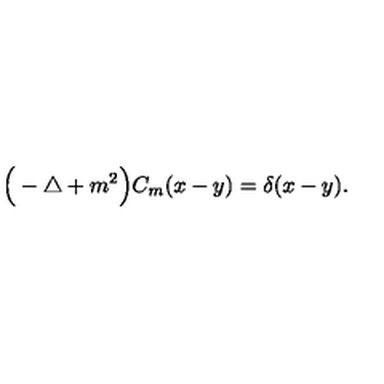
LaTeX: \Big ( - \triangle + m ^ { 2 } \Big ) C _ { m } ( x - y ) = \delta ( x - y ) .